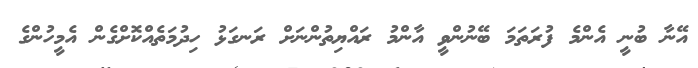
އޭނާ ބުނީ އެންމެ ފުރަތަމަ ބޭނުންވީ އާންމު ރައްޔިތުންނަށް ރަނގަޅު ހިދުމަތެއްކޮށްގެން އެމީހުންގެ